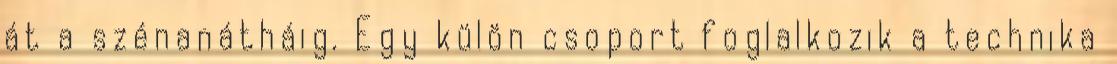
át a szénanátháig. Egy külön csoport foglalkozik a technika